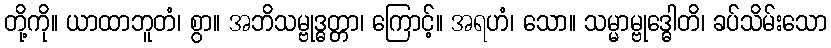
တို့ကို။ ယာထာဘူတံ၊ စွာ။ အဘိသမ္ဗုဒ္ဓတ္တာ၊ ကြောင့်။ အရဟံ၊ သော။ သမ္မာမ္ဗုဒ္ဓေါတိ၊ ခပ်သိမ်းသော